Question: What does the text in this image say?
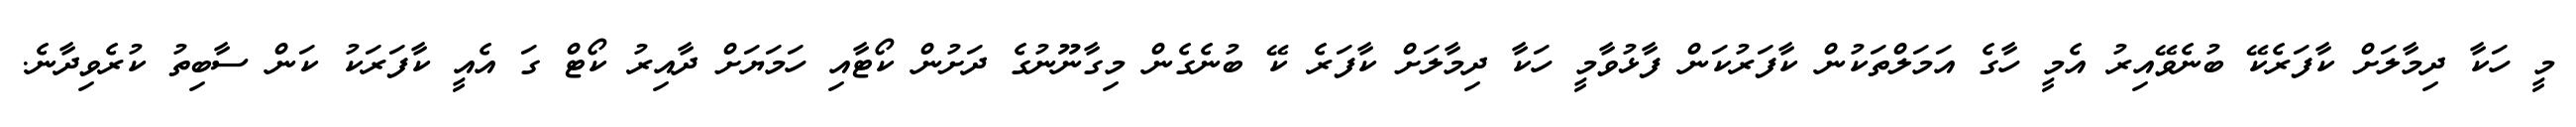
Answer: މީ ހަކާ ދިމާލަށް ކާފަރެކޭ ބުނެވޭއިރު އެމީ ހާގެ އަމަލްތަކުން ކާފަރުކަން ފާޅުވާމީ ހަކާ ދިމާލަށް ކާފަރެ ކޭ ބުނެގެން މިގާނޫނުގެ ދަށުން ކޯޓާއި ހަމަޔަށް ދާއިރު ކޯޓް ގަ އެއީ ކާފަރަކު ކަން ސާބިތު ކުރެވިދާނެ.